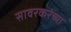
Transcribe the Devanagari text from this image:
सावरकरंच्या